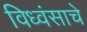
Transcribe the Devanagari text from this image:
विध्वंसाचे